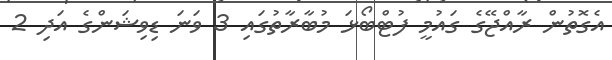
އެގޮތުން ރާއްޖޭގެ ގައުމީ ފުޓްބޯޅަ މުބާރާތުގައި 3 ވަނަ ޑިވިޝަންގެ އަދި 2